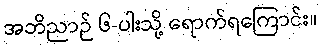
အဘိညာဉ် ၆-ပါးသို့ ရောက်ရကြောင်း။